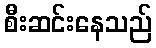
စီးဆင်းနေသည်